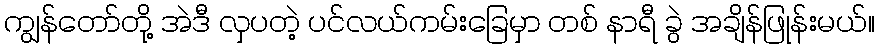
ကျွန်တော်တို့ အဲဒီ လှပတဲ့ ပင်လယ်ကမ်းခြေမှာ တစ် နာရီ ခွဲ အချိန်ဖြုန်းမယ်။